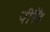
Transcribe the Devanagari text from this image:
पीरैँड